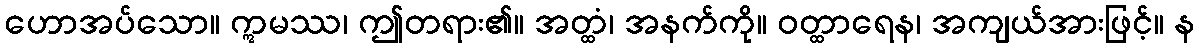
ဟောအပ်သော။ ဣမဿ၊ ဤတရား၏။ အတ္ထံ၊ အနက်ကို။ ဝတ္ထာရေန၊ အကျယ်အားဖြင့်။ န